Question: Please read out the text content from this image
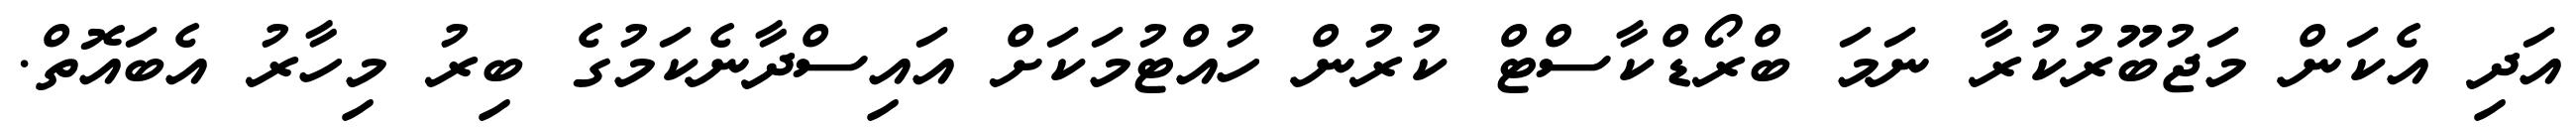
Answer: އަދި އެކަން މަޖުބޫރުކުރާ ނަމަ ބްރޯޑްކާސްޓް ކުރުން ހުއްޓުމަކަށް އައިސްދާނެކަމުގެ ބިރު މިހާރު އެބައޮތް.